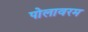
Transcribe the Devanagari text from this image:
पोलावरम